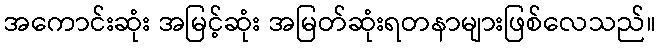
အကောင်းဆုံး အမြင့်ဆုံး အမြတ်ဆုံးရတနာများဖြစ်လေသည်။